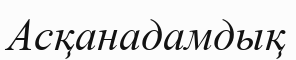
Асқанадамдық